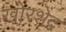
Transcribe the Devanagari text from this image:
खोरशेद